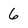
Character: 6